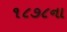
૧૮૭૮ના